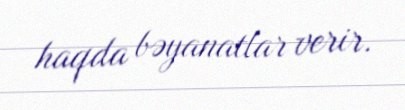
haqda bəyanatlar verir.